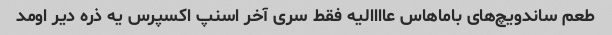
طعم ساندویچ‌های باماهاس عاااالیه فقط سری آخر اسنپ اکسپرس یه ذره دیر اومد